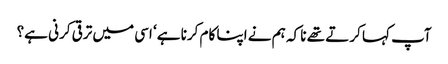
آپ کہا کرتے تھے نا کہ ہم نے اپنا کام کرنا ہے‘ اسی میں ترقی کرنی ہے؟